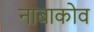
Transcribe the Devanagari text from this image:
नाबाकोव